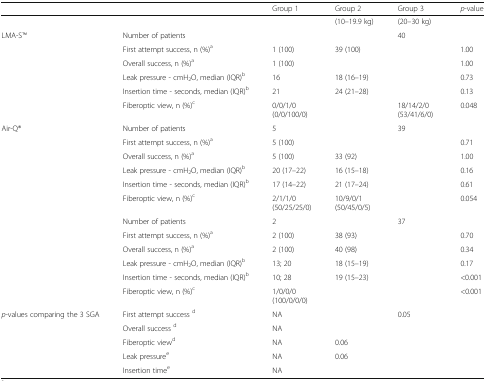
<table><thead><tr><td>[EMPTY_CELL]</td><td>[EMPTY_CELL]</td><td><b>Group 1</b></td><td><b>Group 2</b></td><td><b>Group 3</b></td><td><b><i>p</i>-value</b></td></tr></thead><tbody><tr><td>[EMPTY_CELL]</td><td>[EMPTY_CELL]</td><td>[EMPTY_CELL]</td><td>(10–19.9 kg)</td><td>(20–30 kg)</td><td>[EMPTY_CELL]</td></tr><tr><td rowspan="6">LMA-STM</td><td>Number of patients</td><td>[EMPTY_CELL]</td><td>[EMPTY_CELL]</td><td>40</td><td>[EMPTY_CELL]</td></tr><tr><td>First attempt success, n (%)<sup>a</sup></td><td>1 (100)</td><td>39 (100)</td><td>[EMPTY_CELL]</td><td>1.00</td></tr><tr><td>Overall success, n (%)<sup>a</sup></td><td>1 (100)</td><td>[EMPTY_CELL]</td><td>[EMPTY_CELL]</td><td>1.00</td></tr><tr><td>Leak pressure - cmH<sub>2</sub>O, median (IQR)<sup>b</sup></td><td>16</td><td>18 (16–19)</td><td>[EMPTY_CELL]</td><td>0.73</td></tr><tr><td>Insertion time - seconds, median (IQR)<sup>b</sup></td><td>21</td><td>24 (21–28)</td><td>[EMPTY_CELL]</td><td>0.13</td></tr><tr><td>Fiberoptic view, n (%)<sup>c</sup></td><td>0/0/1/0(0/0/100/0)</td><td>[EMPTY_CELL]</td><td>18/14/2/0(53/41/6/0)</td><td>0.048</td></tr><tr><td rowspan="6">Air-Q®</td><td>Number of patients</td><td>5</td><td>[EMPTY_CELL]</td><td>39</td><td>[EMPTY_CELL]</td></tr><tr><td>First attempt success, n (%)<sup>a</sup></td><td>5 (100)</td><td>[EMPTY_CELL]</td><td>[EMPTY_CELL]</td><td>0.71</td></tr><tr><td>Overall success, n (%)<sup>a</sup></td><td>5 (100)</td><td>33 (92)</td><td>[EMPTY_CELL]</td><td>1.00</td></tr><tr><td>Leak pressure - cmH<sub>2</sub>O, median (IQR)<sup>b</sup></td><td>20 (17–22)</td><td>16 (15–18)</td><td>[EMPTY_CELL]</td><td>0.16</td></tr><tr><td>Insertion time - seconds, median (IQR)<sup>b</sup></td><td>17 (14–22)</td><td>21 (17–24)</td><td>[EMPTY_CELL]</td><td>0.61</td></tr><tr><td>Fiberoptic view, n (%)<sup>c</sup></td><td>2/1/1/0(50/25/25/0)</td><td>10/9/0/1(50/45/0/5)</td><td>[EMPTY_CELL]</td><td>0.054</td></tr><tr><td rowspan="6">[EMPTY_CELL]</td><td>Number of patients</td><td>2</td><td>[EMPTY_CELL]</td><td>37</td><td>[EMPTY_CELL]</td></tr><tr><td>First attempt success, n (%)<sup>a</sup></td><td>2 (100)</td><td>38 (93)</td><td>[EMPTY_CELL]</td><td>0.70</td></tr><tr><td>Overall success, n (%)<sup>a</sup></td><td>2 (100)</td><td>40 (98)</td><td>[EMPTY_CELL]</td><td>0.34</td></tr><tr><td>Leak pressure - cmH<sub>2</sub>O, median (IQR)<sup>b</sup></td><td>13; 20</td><td>18 (15–19)</td><td>[EMPTY_CELL]</td><td>0.17</td></tr><tr><td>Insertion time - seconds, median (IQR)<sup>b</sup></td><td>10; 28</td><td>19 (15–23)</td><td>[EMPTY_CELL]</td><td>&lt;0.001</td></tr><tr><td>Fiberoptic view, n (%)<sup>c</sup></td><td>1/0/0/0(100/0/0/0)</td><td>[EMPTY_CELL]</td><td>[EMPTY_CELL]</td><td>&lt;0.001</td></tr><tr><td rowspan="5"><i>p</i>-values comparing the 3 SGA</td><td>First attempt success <sup>d</sup></td><td>NA</td><td>[EMPTY_CELL]</td><td>0.05</td><td>[EMPTY_CELL]</td></tr><tr><td>Overall success <sup>d</sup></td><td>NA</td><td>[EMPTY_CELL]</td><td>[EMPTY_CELL]</td><td>[EMPTY_CELL]</td></tr><tr><td>Fiberoptic view<sup>d</sup></td><td>NA</td><td>0.06</td><td>[EMPTY_CELL]</td><td>[EMPTY_CELL]</td></tr><tr><td>Leak pressure<sup>e</sup></td><td>NA</td><td>0.06</td><td>[EMPTY_CELL]</td><td>[EMPTY_CELL]</td></tr><tr><td>Insertion time<sup>e</sup></td><td>NA</td><td>[EMPTY_CELL]</td><td>[EMPTY_CELL]</td><td>[EMPTY_CELL]</td></tr></tbody></table>